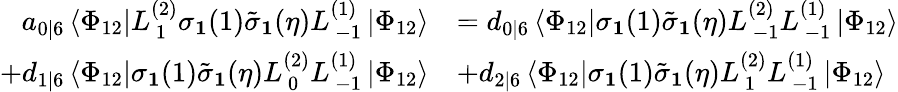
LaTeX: \begin{array}{rl}{a_{0|6}\left\langle\Phi_{12}\right|L_{\, 1}^{(2)}\sigma_{\mathbf{1}}(1)\tilde{\sigma}_{\mathbf{1}}(\eta)L_{\, -1}^{(1)}\left|\Phi_{12}\right\rangle}&{=d_{0|6}\left\langle\Phi_{12}\right|\sigma_{\mathbf{1}}(1)\tilde{\sigma}_{\mathbf{1}}(\eta)L_{\, -1}^{(2)}L_{\, -1}^{(1)}\left|\Phi_{12}\right\rangle}\\ {+d_{1|6}\left\langle\Phi_{12}\right|\sigma_{\mathbf{1}}(1)\tilde{\sigma}_{\mathbf{1}}(\eta)L_{\, 0}^{(2)}L_{\, -1}^{(1)}\left|\Phi_{12}\right\rangle}&{+d_{2|6}\left\langle\Phi_{12}\right|\sigma_{\mathbf{1}}(1)\tilde{\sigma}_{\mathbf{1}}(\eta)L_{\, 1}^{(2)}L_{\, -1}^{(1)}\left|\Phi_{12}\right\rangle}\end{array}